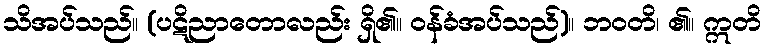
သိအပ်သည်။ (ပဋိညာတောလည်း ရှိ၏။ ဝန်ခံအပ်သည်)။ ဘဝတိ၊ ၏။ ဣတိ